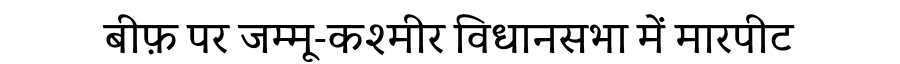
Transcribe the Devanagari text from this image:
बीफ़ पर जम्मू-कश्मीर विधानसभा में मारपीट